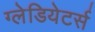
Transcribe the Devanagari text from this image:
ग्लेडियेटर्स